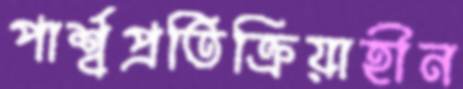
পার্শ্বপ্রতিক্রিয়াহীন